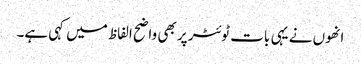
انھوں نے یہی بات ٹوئٹر پر بھی واضح الفاظ میں کہی ہے۔